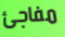
مفاجئ